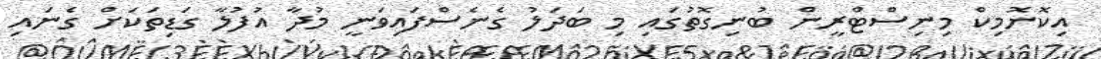
އިކޮނޮމިކް މިނިސްޓްރީން ބުނިގޮތުގައި މި ބަދަލު ގެނެސްފައިވަނީ މުދާ އުފުލާ ގަޑިތަކަށް ގެނައި